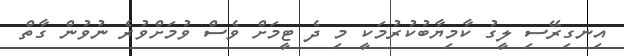
އިނގިރޭސި ލީގު ކާމިޔާބުކުރުމަކީ މި ދެ ޓީމަށް ވެސް ވުމަށްވުރެ ނުވުން ގާތް